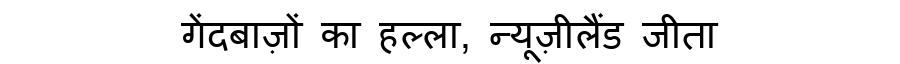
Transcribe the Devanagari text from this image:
गेंदबाज़ों का हल्ला, न्यूज़ीलैंड जीता